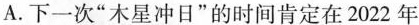
A.下一次”木星冲日”的时间肯定在2022年